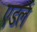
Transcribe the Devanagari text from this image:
एडर्ल